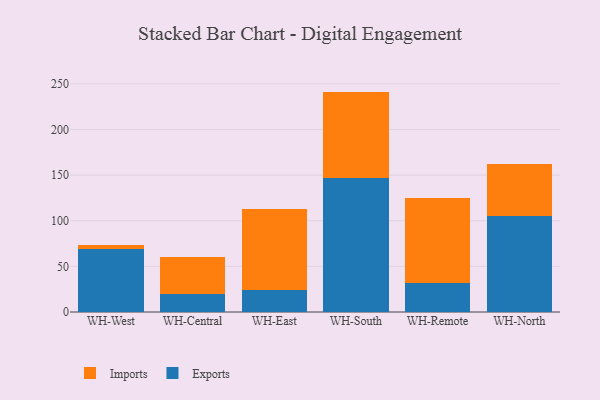
{"axis": {"x": "Warehouse", "y": "Inventory Turnover"}, "legend": ["Exports", "Imports"], "data": [{"x": "WH-West", "y": 68.8, "type": "Exports"}, {"x": "WH-West", "y": 5.1, "type": "Imports"}, {"x": "WH-Central", "y": 19.7, "type": "Exports"}, {"x": "WH-Central", "y": 41.0, "type": "Imports"}, {"x": "WH-East", "y": 24.4, "type": "Exports"}, {"x": "WH-East", "y": 88.5, "type": "Imports"}, {"x": "WH-South", "y": 146.3, "type": "Exports"}, {"x": "WH-South", "y": 95.2, "type": "Imports"}, {"x": "WH-Remote", "y": 32.3, "type": "Exports"}, {"x": "WH-Remote", "y": 92.4, "type": "Imports"}, {"x": "WH-North", "y": 104.7, "type": "Exports"}, {"x": "WH-North", "y": 57.7, "type": "Imports"}]}